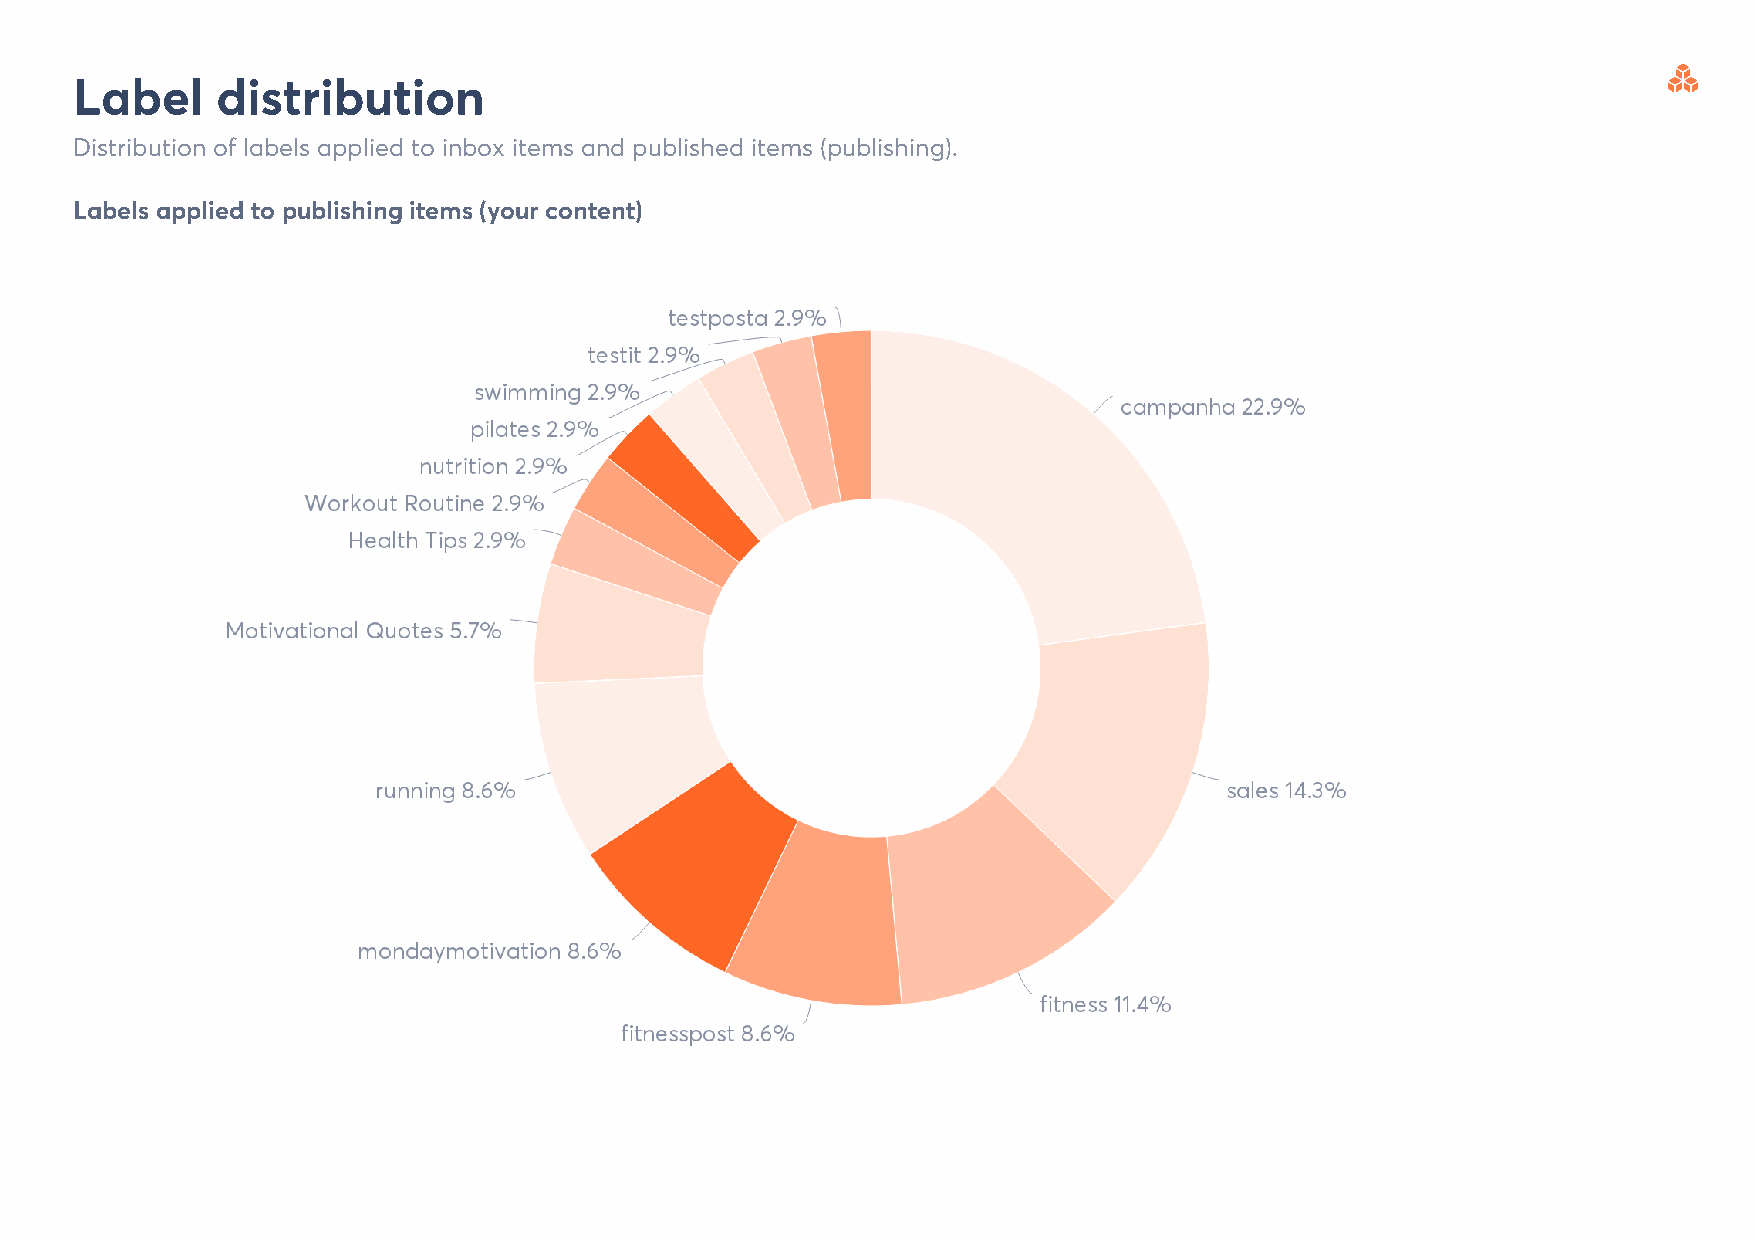
Label    distribution
 Distribution of labels applied to inbox items and published items (publishing).
 Labels applied to publishing items (your content)